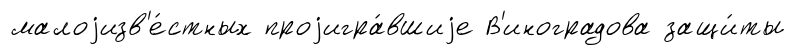
малоjизв'е́стных проjигра́вшиjе В'иноградова защи́ты